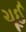
ચૂઈ